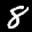
Label: 8